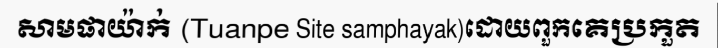
សាមផាយ៉ាក់ (Tuanpe Site samphayak)ដោយពួកគេប្រកួត